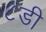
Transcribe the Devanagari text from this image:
८डी